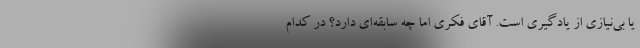
یا بی‌نیازی از یادگیری است. آقای فکری اما چه سابقه‌ای دارد؟ در کدام